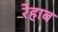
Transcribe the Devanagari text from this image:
रेहाब